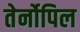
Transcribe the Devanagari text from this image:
तेर्नोपिल